Distribution and causation of leprosy in British India
Year: 1875
Disease focus: Leprosy
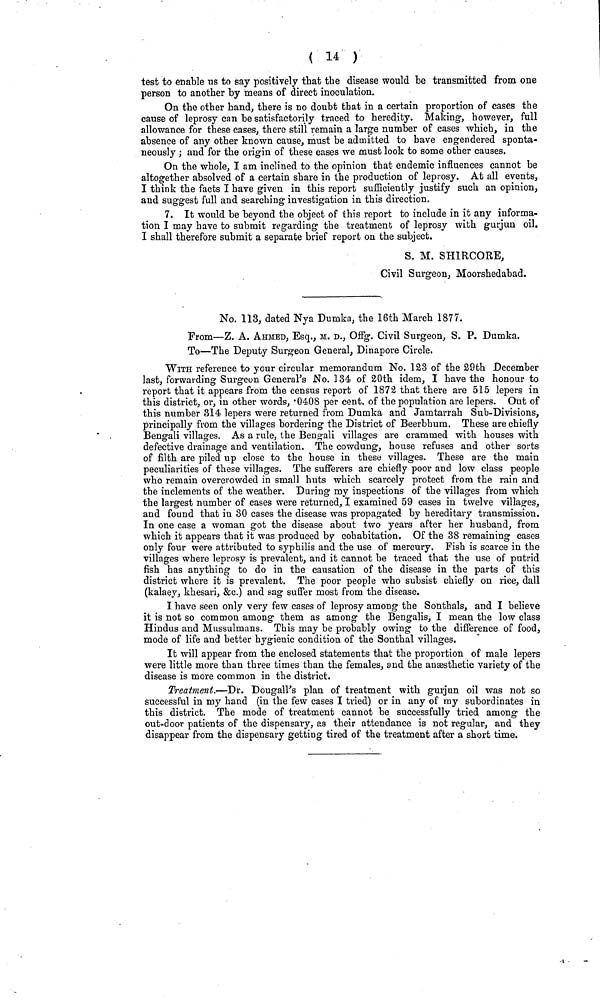
( 14 )
test to enable us to say positively that the disease would be transmitted from one
person to another by means of direct inoculation.
On the other hand, there is no doubt that in a certain proportion of cases the
cause of leprosy can be satisfactorily traced to heredity. Making, however, full
allowance for these cases, there still remain a large number of cases which, in the
absence of any other known cause, must be admitted to have engendered sponta-
neously ; and for the origin of these cases we must look to some other causes.
On the whole, I am inclined to the opinion that endemic influences cannot be
altogether absolved of a certain share in the production of leprosy. At all events,
I think the facts I have given in this report sufficiently justify such an opinion,
and suggest full and searching investigation in this direction.
7. It would be beyond the object of this report to include in it any informa-
tion I may have to submit regarding the treatment of leprosy with gurjun oil.
I shall therefore submit a separate brief report on the subject.
S. M. SHIRCORE,
Civil Surgeon, Moorshedabad.
No. 113, dated Nya Dumka, the 16th March 1877.
From—Z. A. AHMED, Esq., M. D., Offg. Civil Surgeon, S. P. Dumka.
To—The Deputy Surgeon General, Dinapore Circle.
WITH reference to your circular memorandum No. 123 of the 29th December
last, forwarding Surgeon General's No. ] 34 of 20th idem, I have the honour to
report that it appears from the census report of 1872 that there are 515 lepers in
this district, or, in other words, ·0408 per cent, of the population are lepers. Out of
this number 314 lepers were returned from Dumka and Jamtarrah Sub-Divisions,
principally from the villages bordering the District of Beerbhum. These are chiefly
Bengali villages, As a rule, the Bengali villages are crammed with houses with
defective drainage and ventilation. The cowdung, house refuses and other sorts
of filth are piled up close to the house in these villages. These are the main
peculiarities of these villages. The sufferers are chiefly poor and low class people
who remain overcrowded in small huts which scarcely protect from the rain and
the inclements of the weather. During my inspections of the villages from which
the largest number of cases were returned, I examined 59 cases in twelve villages,
and found that in 30 cases the disease was propagated by hereditary transmission.
In one case a woman got the disease about two years after her husband, from
which it appears that it was produced by cohabitation. Of the 38 remaining cases
only four were attributed to syphilis and the use of mercury. Fish is scarce in the
villages where leprosy is prevalent, and it cannot be traced that the use of putrid
fish has anything to do in the causation of the disease in the parts of this
district where it is prevalent. The poor people who subsist chiefly on rice, dall
(kalaey, khesari, &c.) and sag suffer most from the disease.
I have seen only very few cases of leprosy among the Sonthals, and I believe
it is not so common among them as among the Bengalis, I mean the low class
Hindus and Mussulmans. This may be probably owing to the difference of food,
mode of life and better hygienic condition of the Sonthal villages.
It will appear from the enclosed statements that the proportion of male lepers
were little more than three times than the females, and the ansesthetic variety of the
disease is more common in the district.
Treatment.—Dr. Dougall's plan of treatment with gurjun oil was not so
successful in my hand (in the few cases I tried) or in any of my subordinates in
this district. The mode of treatment cannot be successfully tried among the
out-door patients of the dispensary, as their attendance is not regular, and they
disappear from the dispensary getting tired of the treatment after a short time.